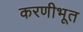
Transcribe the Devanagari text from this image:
करणीभूत